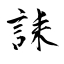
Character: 誄